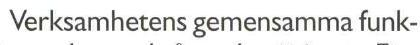
Verksamhetens gemensamma funk-